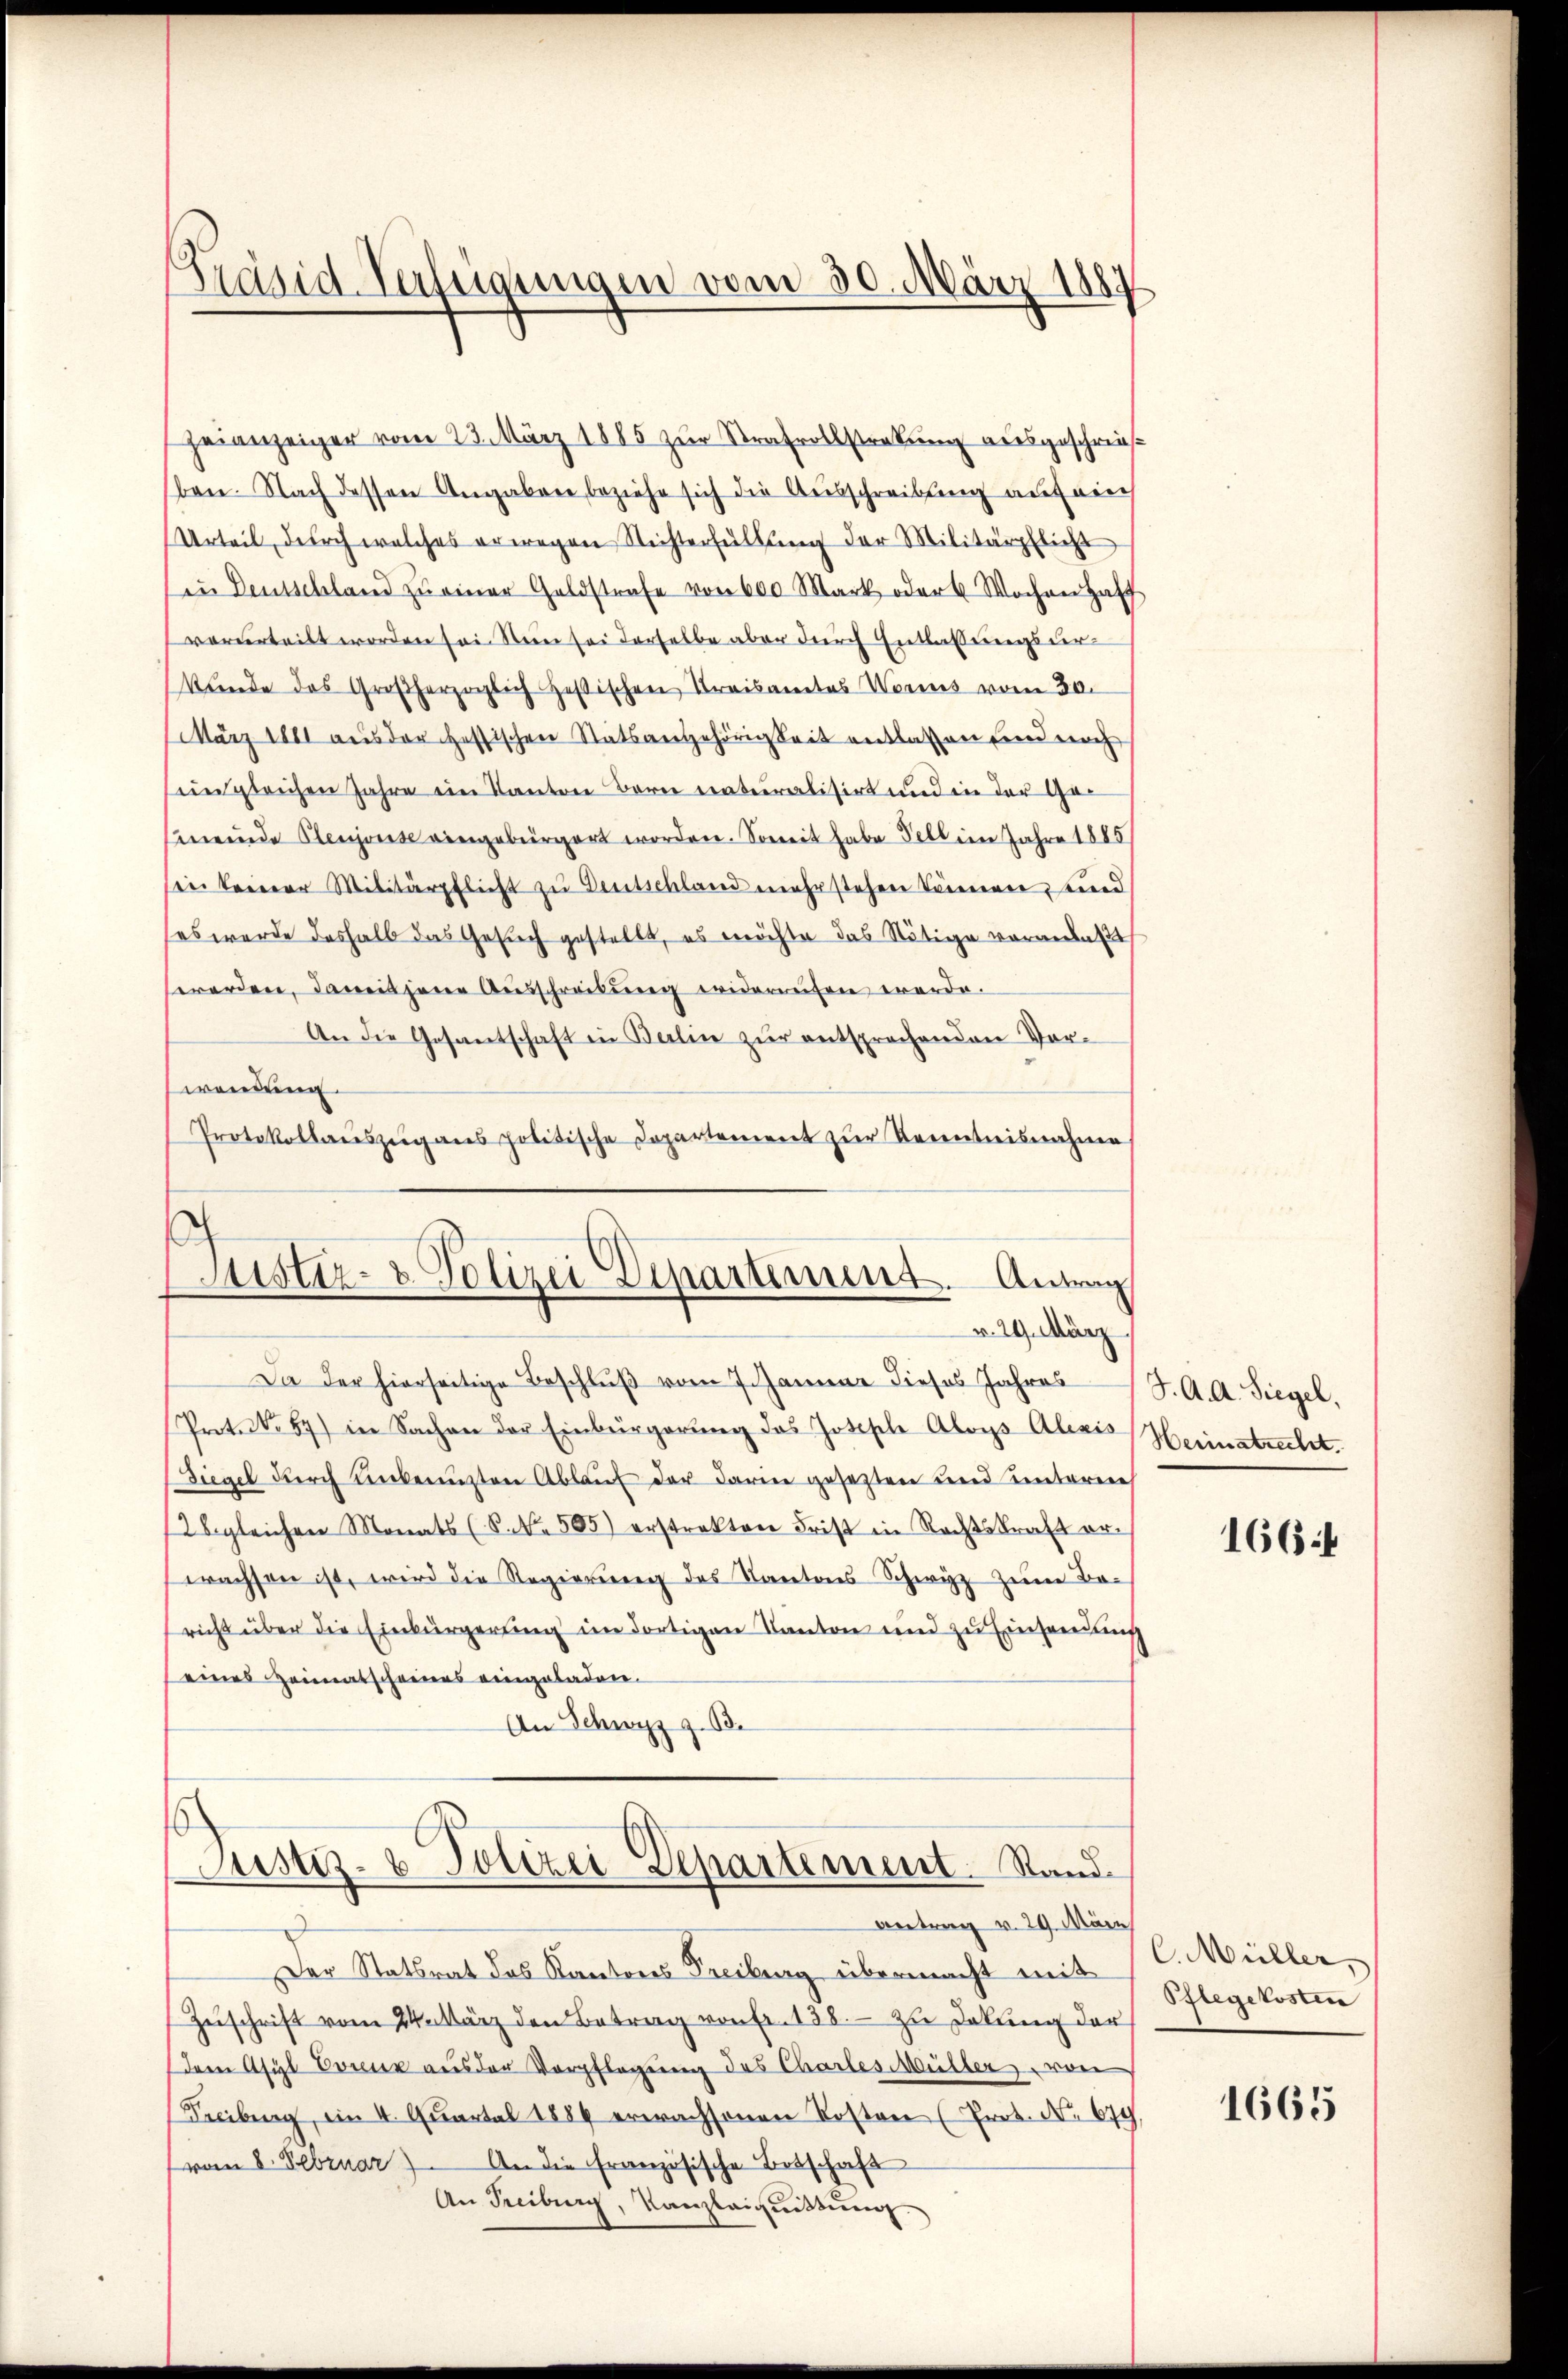
Präsid-Verfügungen vom 30. März 1887

geianzeiger vom 23. März 1885 zur Strafvollstrakung ausgeschrie
ben. Nach dessen Angaben beziehe sich die Ausschreibung auf ein
Urteil durch welches erwegen Nichterfüllung der Militärpflicht
in Deutschland zŭ einer Geldstrafe von 600 Mark oder 6 Wochen Haff
verurteilt worden sei. Sein sei derselbe aber durch Entlassungsverkŭnde des Großherzoglich zesischen Kreisamtes Worus vom 30.
März 1881 aus der essischen Statsangehörigkeit entlassen und noch
imgleichen Jahre ein Kanton Bern eraturalisirt und in der Gemeinde Plenjouse eingebürgert worden. Soweit habe Tell im Jahre 1885
sin keiner Militärpflicht zu Deutschland mehr stehen können, und
(es werde deshalb das Gesuch gestellt, es möchte das Nötige veranlaßt
werden, damit jene Aŭsschreibŭng widerrufen werde.
An die Gesantschaft in Balin zur entsprechenden Vor-
wendung.
Protokollauszug aus politische Departement zur Kenntnisnahme

d
Justiz- & Polizei Departement. Antrag
v. 29. März

Da der hierseitige Beschlŭβ vom 7. Januar dieses Jahres J. A. A. Siegel,
Prot. No 57) in Sachen der Einbürgerŭng das Joseph Aloys Alois Herinstrecht.
Siegel durch unbenuzten Ablaŭf der darin gesetzten und unterneh
2 gleichen Monats (S. Nr. 505) erstrakten Frist in Rechtskraft er-
wachsen ist, wird die Regierung des Kantons Schwyz zum Boricht über die Einbürgerung im dortigen Kanton und zu Einsendung
eines Heimatscheines eingeladen.
An Schwyz z. B.

Justiz- & Polizei Departement. Stand.
Antrag v. 29. März

Der Statsrat das Kantons Freiburg übermacht mit
Zŭschrift vom 24. März den Betrag von Fr. 138. zu Dokung der
dem Asyl Vorenz aus der Verpflegung des Chartes Müller, von
Freiburg, in 4. Quartal 1884 erwachsenen Kosten (Prot. No 679.
(vom 8. Februar. An die französische Betschaft
An Freiburg, Kanzleiquittung.

1664

C. Müller,
Pflegekosten

1665